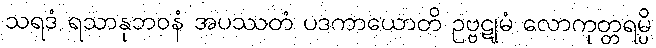
သရဒံ ရသာနုဘဝနံ အပဿတံ ပဒကာယောတိ ဥဗ္ဗဋုမံ လောကုတ္တရမ္ပိ